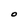
Character: O